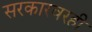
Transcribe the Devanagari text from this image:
सरकारवरही